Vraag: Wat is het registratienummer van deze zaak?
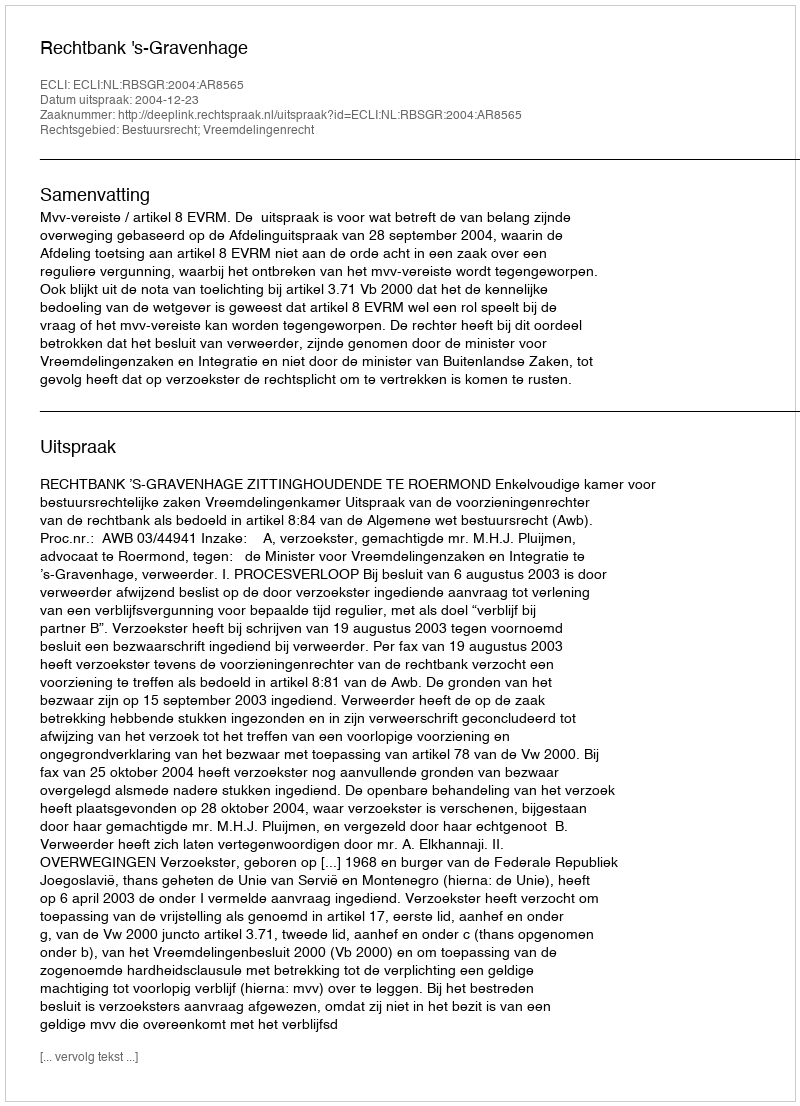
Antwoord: http://deeplink.rechtspraak.nl/uitspraak?id=ECLI:NL:RBSGR:2004:AR8565